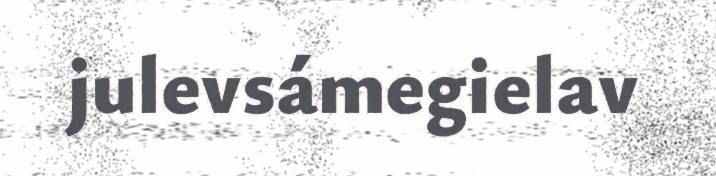
julevsámegielav